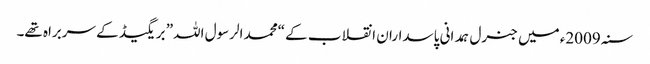
سنہ 2009ء میں جنرل ہمدانی پاسداران انقلاب کے “محمد الرسول اللہ” بریگیڈ کے سربراہ تھے۔